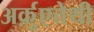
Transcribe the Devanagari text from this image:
अर्क़ुएत्तेथी